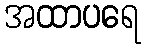
အထာပရေ